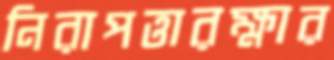
নিরাপত্তারক্ষার